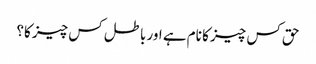
حق کس چیز کا نام ہے اور باطل کس چیز کا؟